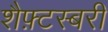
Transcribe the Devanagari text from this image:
शैफ़्टस्बरी